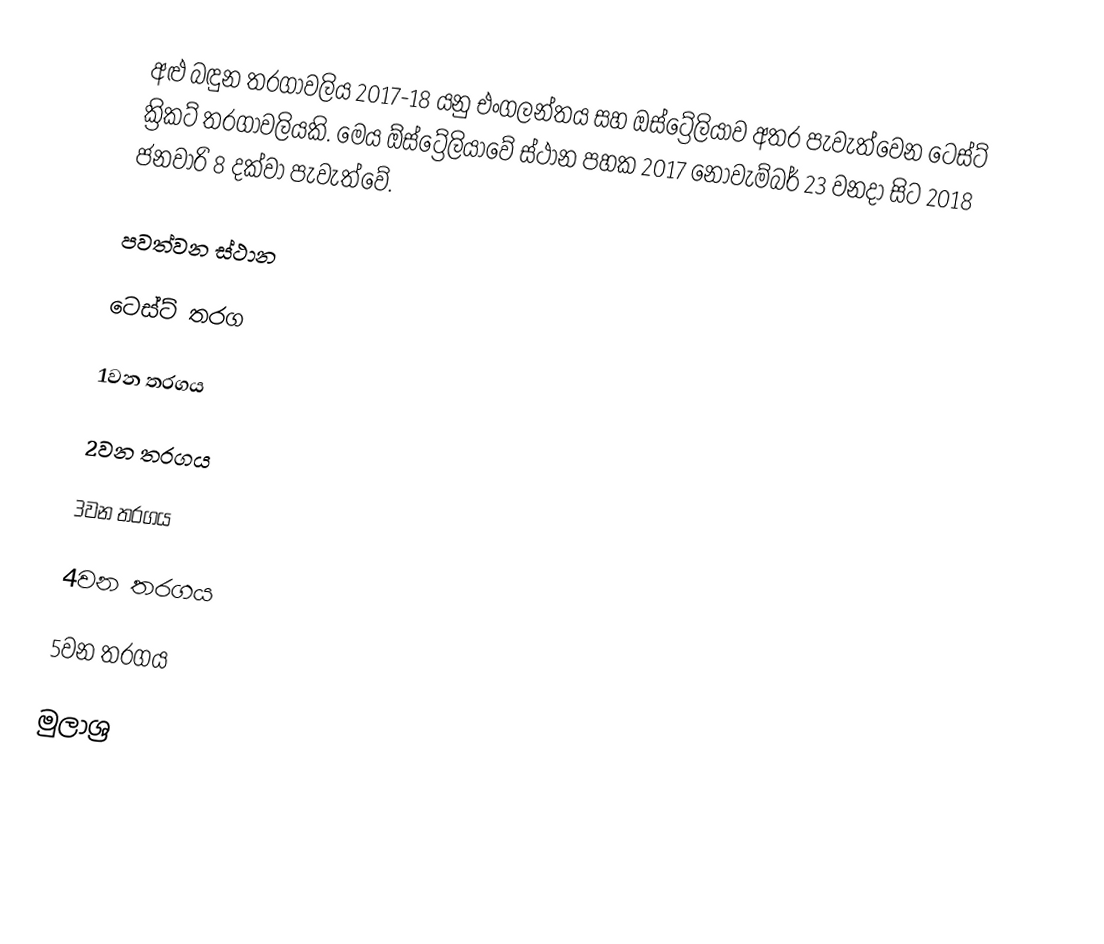
අළු බඳුන තරගාවලිය 2017-18 යනු එංගලන්තය සහ ඔස්ට්‍රේලියාව අතර පැවැත්වෙන ටෙස්ට් ක්‍රිකට් තරගාවලියකි. මෙය ඕස්ට්‍රේලියාවේ ස්ථාන පහක 2017 නොවැම්බර් 23 වනදා සිට 2018 ජනවාරි 8 දක්වා පැවැත්වේ.

පවත්වන ස්ථාන

ටෙස්ට් තරග

1වන තරගය

2වන තරගය

3වන තරගය

4වන තරගය

5වන තරගය

මුලාශ්‍ර